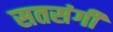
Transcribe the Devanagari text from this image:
सतसंगी